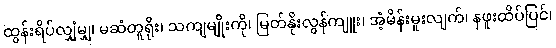
ထွန်းရိပ်လျှံမျှ၊ မဆံတူရိုး၊ သကျမျိုးကို၊ မြတ်နိုးလွန်ကျူး၊ အံ့မိန်းမူးလျက်၊ နဖူးထိပ်ပြင်၊